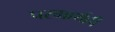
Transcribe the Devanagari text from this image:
परमार्थही